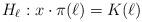
LaTeX: \begin{align*}H_\ell: x\cdot \pi(\ell) =K(\ell) \end{align*}